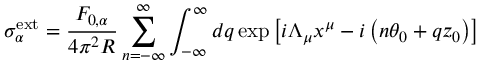
\sigma _ { \alpha } ^ { \mathrm { e x t } } = \frac { F _ { 0 , \alpha } } { 4 \pi ^ { 2 } R } \sum _ { n = - \infty } ^ { \infty } \int _ { - \infty } ^ { \infty } d q \exp \left[ i \Lambda _ { \mu } x ^ { \mu } - i \left( n \theta _ { 0 } + q z _ { 0 } \right) \right]